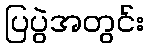
ပြပွဲအတွင်း